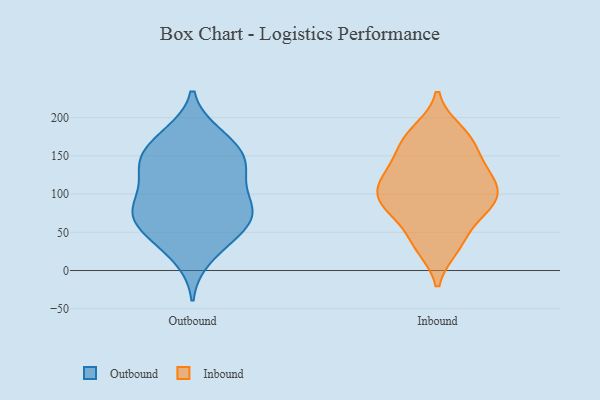
{"axis": {"x": "Bounce Rate (%)", "y": "Value"}, "legend": ["Inbound", "Outbound"], "data": [{"x": "", "y": 134, "type": "Outbound"}, {"x": "", "y": 80, "type": "Outbound"}, {"x": "", "y": 148, "type": "Outbound"}, {"x": "", "y": 36, "type": "Outbound"}, {"x": "", "y": 17, "type": "Outbound"}, {"x": "", "y": 132, "type": "Outbound"}, {"x": "", "y": 46, "type": "Outbound"}, {"x": "", "y": 92, "type": "Outbound"}, {"x": "", "y": 176, "type": "Outbound"}, {"x": "", "y": 135, "type": "Outbound"}, {"x": "", "y": 178, "type": "Outbound"}, {"x": "", "y": 78, "type": "Outbound"}, {"x": "", "y": 60, "type": "Outbound"}, {"x": "", "y": 164, "type": "Outbound"}, {"x": "", "y": 64, "type": "Outbound"}, {"x": "", "y": 86, "type": "Outbound"}, {"x": "", "y": 151, "type": "Outbound"}, {"x": "", "y": 89, "type": "Outbound"}, {"x": "", "y": 123, "type": "Outbound"}, {"x": "", "y": 62, "type": "Outbound"}, {"x": "", "y": 182, "type": "Inbound"}, {"x": "", "y": 130, "type": "Inbound"}, {"x": "", "y": 169, "type": "Inbound"}, {"x": "", "y": 130, "type": "Inbound"}, {"x": "", "y": 31, "type": "Inbound"}, {"x": "", "y": 164, "type": "Inbound"}, {"x": "", "y": 103, "type": "Inbound"}, {"x": "", "y": 96, "type": "Inbound"}, {"x": "", "y": 121, "type": "Inbound"}, {"x": "", "y": 39, "type": "Inbound"}, {"x": "", "y": 88, "type": "Inbound"}, {"x": "", "y": 87, "type": "Inbound"}, {"x": "", "y": 74, "type": "Inbound"}]}